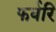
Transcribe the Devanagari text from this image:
फर्वरि